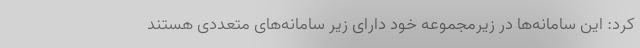
کرد: این سامانه‌ها در زیرمجموعه خود دارای زیر سامانه‌های متعددی هستند